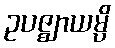
ဥပဇ္ဈာယမ္ပိ